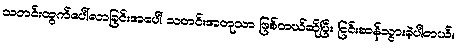
သတင်းထွက်ပေါ်လာခြင်းအပေါ် သတင်းအတုသာ ဖြစ်တယ်ဆိုပြီး ငြင်းဆန်သွားခဲ့ပါတယ်။